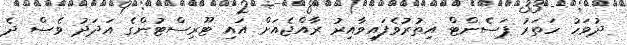
ދުވަހު ހަތަރު ޕަސެންޓް އިތުރުވެފައިވާއިރު ރާއްޖެއަށް އައި ޓޫރިސްޓުންގެ އަދަދު ވެސް ދެ